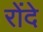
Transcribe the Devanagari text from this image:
रोंदे